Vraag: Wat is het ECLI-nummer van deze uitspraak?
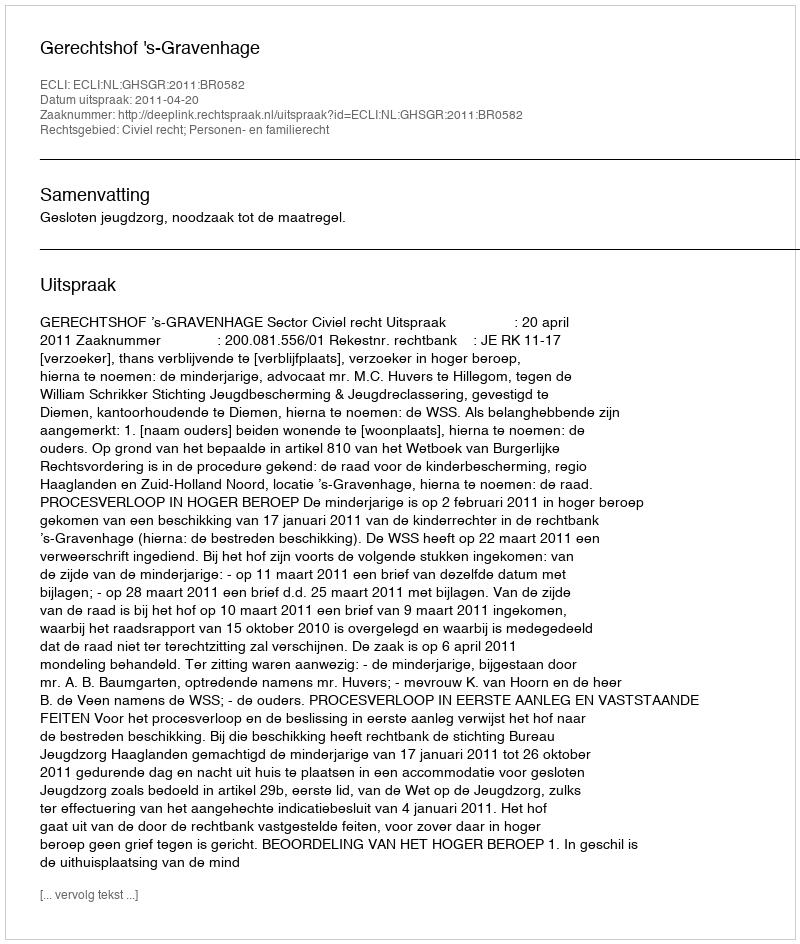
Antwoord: ECLI:NL:GHSGR:2011:BR0582